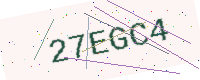
Text: 27EGC4